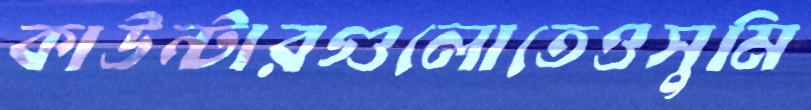
কাউন্টারগুলোতেওসুমি